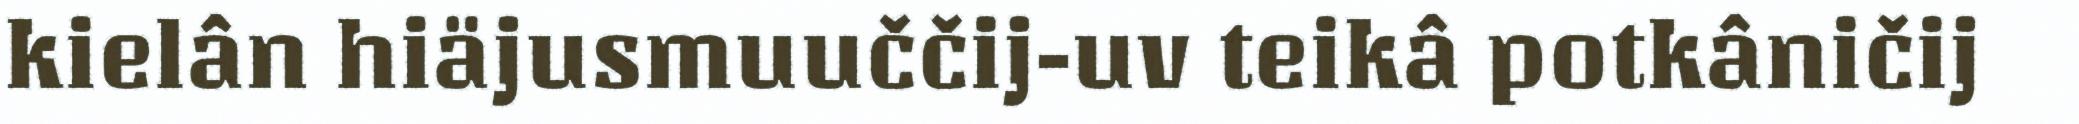
kielân hiäjusmuuččij-uv teikâ potkâničij